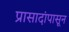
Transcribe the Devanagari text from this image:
प्रासादांपासून